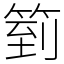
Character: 箌